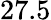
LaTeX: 27.5